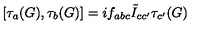
\left[ { { \tau } _ { a } ( G ) } , { { \tau } _ { b } ( G ) } \right] = i { f } _ { a b c } \tilde { I } _ { c c ^ { \prime } } { \tau _ { c ^ { \prime } } ( G ) }